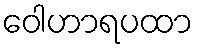
ဝေါဟာရပထာ